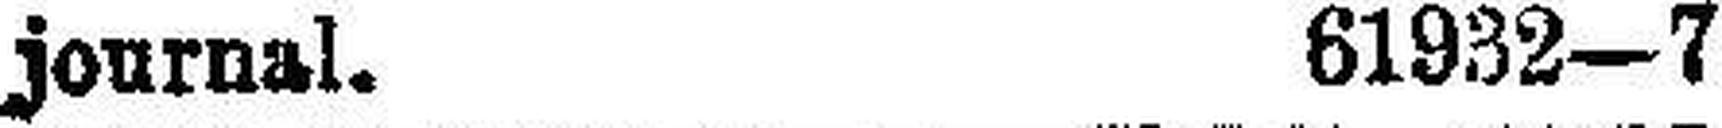
journal. 61932—7